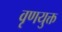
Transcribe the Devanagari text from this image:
वृणयुक्त